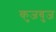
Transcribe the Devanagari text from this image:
कुजबुज